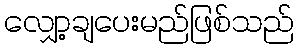
လျှော့ချပေးမည်ဖြစ်သည်